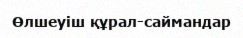
Өлшеуіш құрал-саймандар